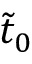
\tilde { t } _ { 0 }